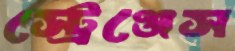
স্ট্রেঞ্জেস